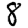
Digit: 8